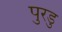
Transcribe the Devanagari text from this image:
पुरडु